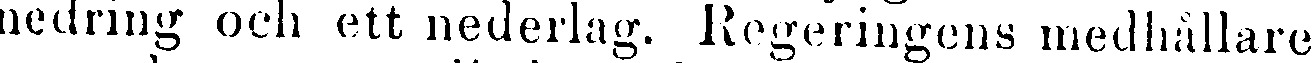
nedring och ett nederlag. Regeringens medhållare